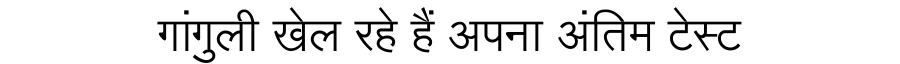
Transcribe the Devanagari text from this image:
गांगुली खेल रहे हैं अपना अंतिम टेस्ट